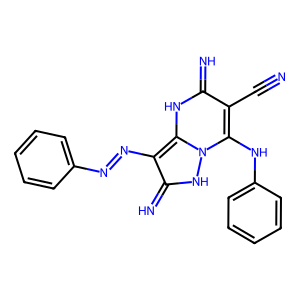
SMILES: N#Cc1c(Nc2ccccc2)n2[nH]c(=N)c(N=Nc3ccccc3)c2[nH]c1=N
Inhibits HIV replication: No